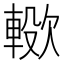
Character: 𣤖